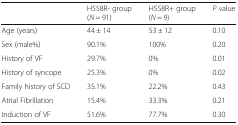
<table><thead><tr><td></td><td><b>H558R- group (<i>N</i> = 91)</b></td><td><b>H558R+ group (<i>N</i> = 9)</b></td><td><b><i>P</i> value</b></td></tr></thead><tbody><tr><td>Age (years)</td><td>44 ± 14</td><td>53 ± 12</td><td>0.10</td></tr><tr><td>Sex (male%)</td><td>90.1%</td><td>100%</td><td>0.20</td></tr><tr><td>History of VF</td><td>29.7%</td><td>0%</td><td>0.01</td></tr><tr><td>History of syncope</td><td>25.3%</td><td>0%</td><td>0.02</td></tr><tr><td>Family history of SCD</td><td>35.1%</td><td>22.2%</td><td>0.43</td></tr><tr><td>Atrial Fibrillation</td><td>15.4%</td><td>33.3%</td><td>0.21</td></tr><tr><td>Induction of VF</td><td>51.6%</td><td>77.7%</td><td>0.30</td></tr></tbody></table>